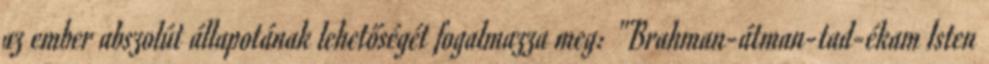
az ember abszolút állapotának lehetőségét fogalmazza meg: "Brahman-átman-tad-ékam Isten